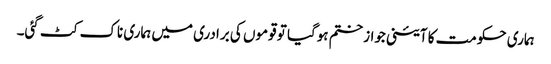
ہماری حکومت کا آئینی جواز ختم ہوگیا تو قوموں کی برادری میں ہماری ناک کٹ گئی۔